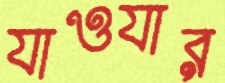
যাওযার